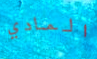
المادي